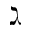
\gimel